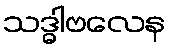
သဒ္ဓါဗလေန